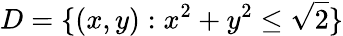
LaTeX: D=\{ (x,y):x^{2}+y^{2}\leq\sqrt{2}\}